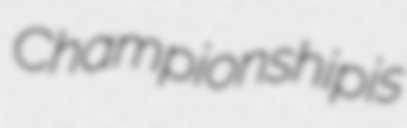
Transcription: Championship is